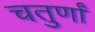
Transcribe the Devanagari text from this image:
चतुर्णां